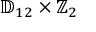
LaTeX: \mathbb { D } _ { 1 2 } \times \mathbb { Z } _ { 2 }